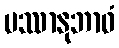
ပဿာနုဘာဝံ